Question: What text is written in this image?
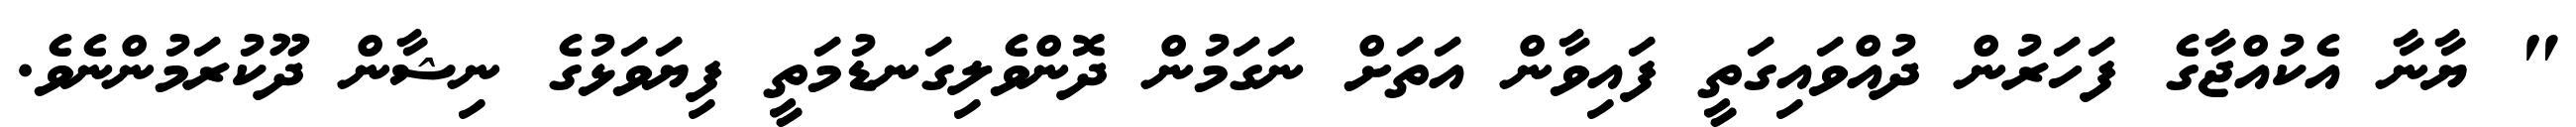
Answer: " ޔާނާ އެކުއްޖާގެ ފަހަރުން ދުއްވައިގަތީ ފައިވާން އަތަށް ނަގަމުން ދޮންވެލިގަނޑުމަތީ ފިޔަވަޅުގެ ނިޝާން ދޫކުރަމުންނެވެ.